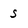
Character: S